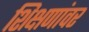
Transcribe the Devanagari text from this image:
शिक्षणांवर